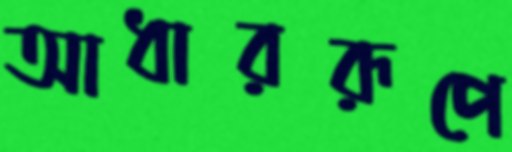
আধাররূপে